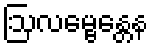
ဩလမ္ဗေန္တေန